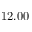
1 2 . 0 0